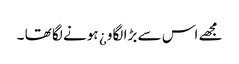
مجھے اس سے بڑا لگاو ¿ ہونے لگا تھا ۔